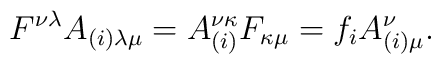
F^{\nu \lambda }A_{(i)\lambda \mu} = A^{\nu \kappa}_{(i)}F_{\kappa \mu} = f_{i}A^{\nu }_{(i)\mu }.